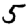
Digit: 5